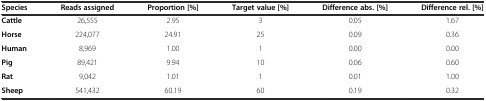
<table><thead><tr><td><b>Species</b></td><td><b>Reads assigned</b></td><td><b>Proportion [%]</b></td><td><b>Target value [%]</b></td><td><b>Difference abs. [%]</b></td><td><b>Difference rel. [%]</b></td></tr></thead><tbody><tr><td><b>Cattle</b></td><td>26,555</td><td>2.95</td><td>3</td><td>0.05</td><td>1.67</td></tr><tr><td><b>Horse</b></td><td>224,077</td><td>24.91</td><td>25</td><td>0.09</td><td>0.36</td></tr><tr><td><b>Human</b></td><td>8,969</td><td>1.00</td><td>1</td><td>0.00</td><td>0.00</td></tr><tr><td><b>Pig</b></td><td>89,421</td><td>9.94</td><td>10</td><td>0.06</td><td>0.60</td></tr><tr><td><b>Rat</b></td><td>9,042</td><td>1.01</td><td>1</td><td>0.01</td><td>1.00</td></tr><tr><td><b>Sheep</b></td><td>541,432</td><td>60.19</td><td>60</td><td>0.19</td><td>0.32</td></tr></tbody></table>